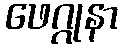
ဖေဂ္ဂုနာ